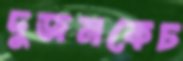
দুজনকেচ